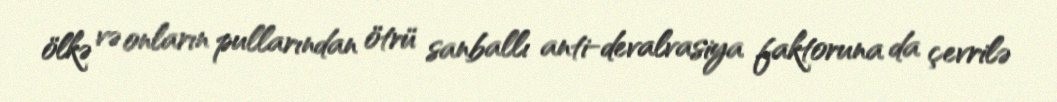
ölkə və onların pullarından ötrü sanballı anti-devalvasiya faktoruna da çevrilə